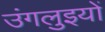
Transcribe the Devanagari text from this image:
उंगलुइयों